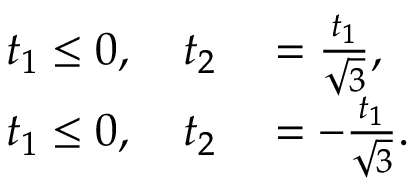
\begin{array} { r l } { t _ { 1 } \le 0 , \quad t _ { 2 } } & { { } = \frac { t _ { 1 } } { \sqrt { 3 } } , } \\ { t _ { 1 } \le 0 , \quad t _ { 2 } } & { { } = - \frac { t _ { 1 } } { \sqrt { 3 } } . } \end{array}